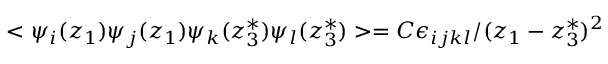
< \psi _ { i } ( z _ { 1 } ) \psi _ { j } ( z _ { 1 } ) \psi _ { k } ( z _ { 3 } ^ { * } ) \psi _ { l } ( z _ { 3 } ^ { * } ) > = C \epsilon _ { i j k l } / ( z _ { 1 } - z _ { 3 } ^ { * } ) ^ { 2 }